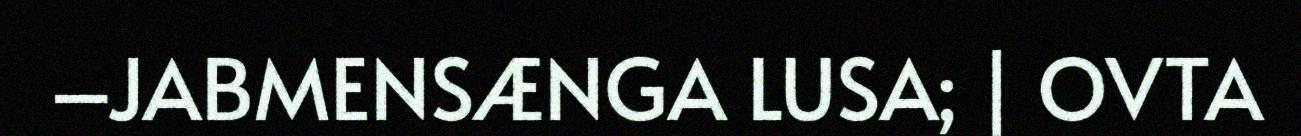
–JABMENSÆNGA LUSA; | OVTA